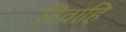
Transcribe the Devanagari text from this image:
विवाहि